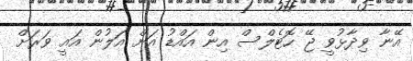
އޭނާ ވިދާޅުވީ ޖޭ ހޮޓެލްސް އިން އައްޑު އަށް އަލުން އައީ ވަރަށް